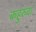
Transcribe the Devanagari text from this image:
कहुरुवा